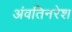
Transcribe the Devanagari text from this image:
अंवतिनरेश